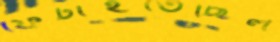
ফেটাইতেছিল